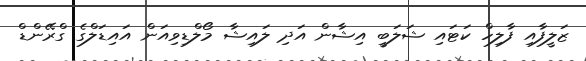
ޒަލީފާއި ފާލިހް ކަޓައި ޝަލަބީ އިޝާން އަދި ލައިޝާ މޯލްޑިވިއަން އައިޑަލްގެ ގްރޭންޑް